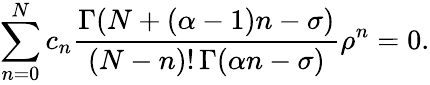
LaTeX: \sum_{n=0}^{N}c_{n}{\frac{\Gamma(N+(\alpha-1)n-\sigma)}{(N-n)!\, \Gamma(\alpha n-\sigma)}}\rho^{n}=0.